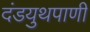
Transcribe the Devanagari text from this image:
दंडयुथपाणी